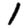
Digit: 1